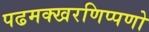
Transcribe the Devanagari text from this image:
पढमक्खरणिप्पणो